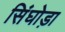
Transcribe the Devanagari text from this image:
सिंघोड़ा